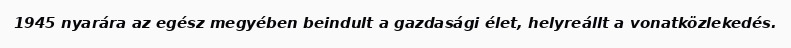
1945 nyarára az egész megyében beindult a gazdasági élet, helyreállt a vonatközlekedés.